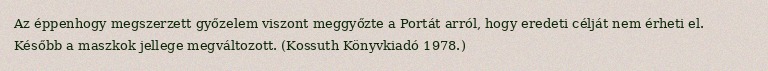
Az éppenhogy megszerzett győzelem viszont meggyőzte a Portát arról, hogy eredeti célját nem érheti el. Később a maszkok jellege megváltozott. (Kossuth Könyvkiadó 1978.)